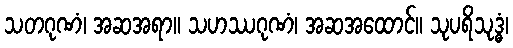
သတဂုဏံ၊ အဆအရာ။ သဟဿဂုဏံ၊ အဆအထောင်။ သုပရိသုဒ္ဓံ၊